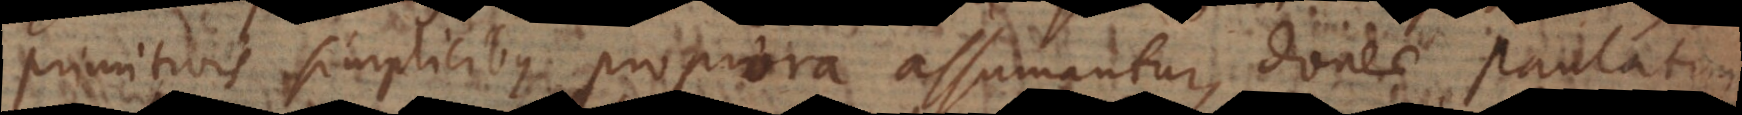
primitivis simplicibus propiora assumantur, donec paulatim